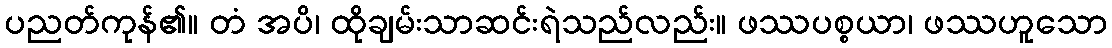
ပညတ်ကုန်၏။ တံ အပိ၊ ထိုချမ်းသာဆင်းရဲသည်လည်း။ ဖဿပစ္စယာ၊ ဖဿဟူသော